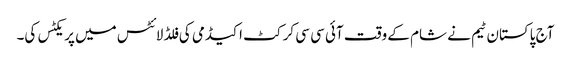
آج پاکستان ٹیم نے شام کے وقت آئی سی سی کرکٹ اکیڈمی کی فلڈ لائٹس میں پریکٹس کی۔